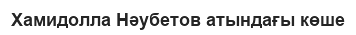
Хамидолла Нәубетов атындағы көше